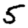
Digit: 5